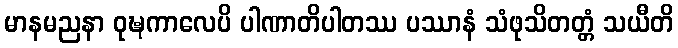
မာနမညနာ ဝုဍ္ဎကာလေပိ ပါဏာတိပါတဿ ပဿာနံ သံဖုသိတတ္တံ သယီတိ